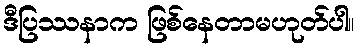
ဒီပြဿနာက ဖြစ်နေတာမဟုတ်ပါ။